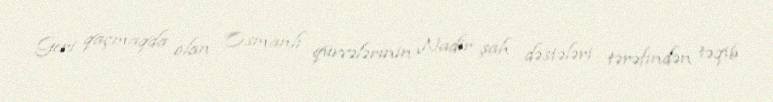
Geri qaçmaqda olan Osmanlı qüvvələrinin Nadir şah dəstələri tərəfindən təqib